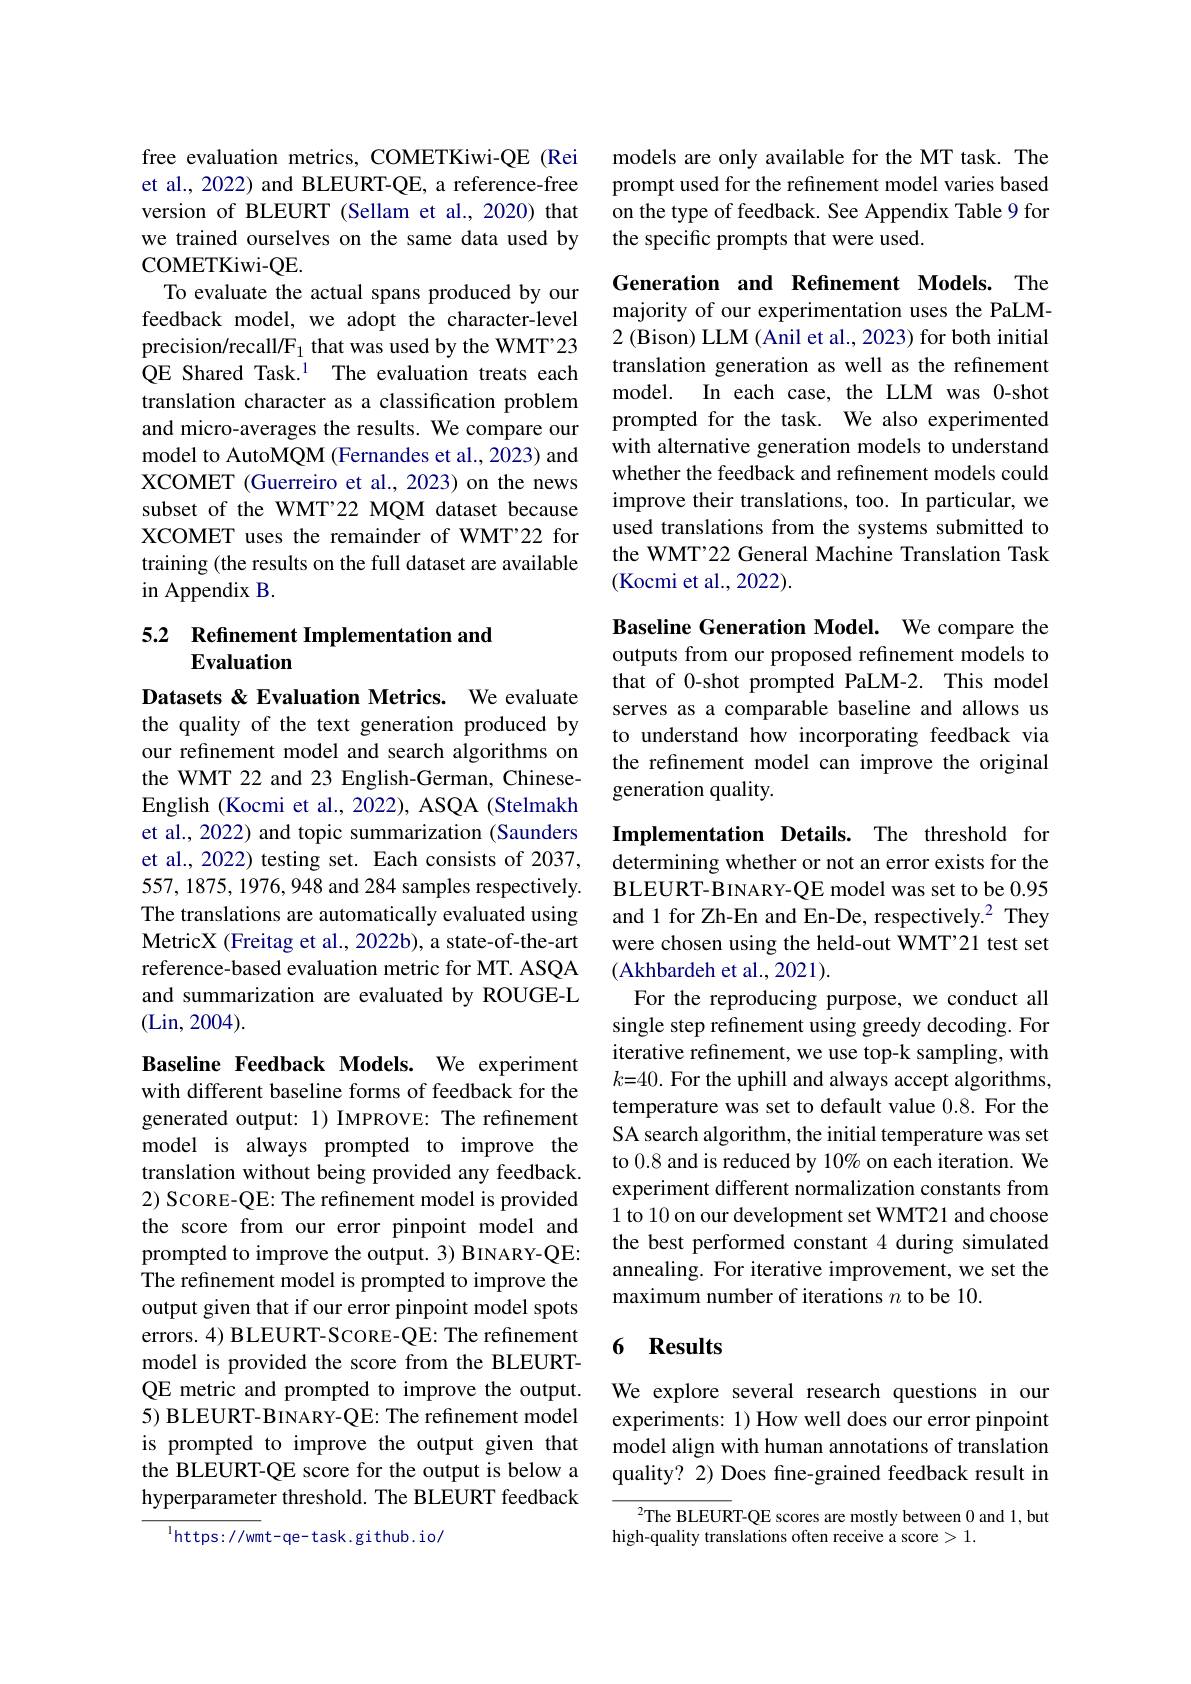
free evaluation metrics, COMETKiwi-QE (Rei et al., 2022) and BLEURT-QE, a reference-free version of BLEURT (Sellam et al., 2020) that we trained ourselves on the same data used by COMETKiwi- QE.
To evaluate the actual spans produced by our feedback model, we adopt the character-level precision/recall/F_1 that was used by the WMT'23 QE Shared Task.$^1$ The evaluation treats each translation character as a classification problem and micro-averages the results. We compare our model to AutoMQM (Fernandes et al., 2023) and XCOMET (Guerreiro et al., 2023) on the news subset of the WMT'22 MQM dataset because XCOMET uses the remainder of WMT'22 for training (the results on the full dataset are available in Appendix B.

### 5.2 Refinement Implementation and Evaluation

Datasets & Evaluation Metrics. We evaluate the quality of the text generation produced by our refinement model and search algorithms on the WMT 22 and 23 English-German, ChineseEnglish (Kocmi et al., 2022), ASQA (Stelmakh et al., 2022) and topic summarization (Saunders et al., 2022) testing set. Each consists of 2037, 557,1875,1976,948 and 284 samples respectively. The translations are automatically evaluated using MetricX (Freitag et al., 2022b), a state-of-the-art reference-based evaluation metric for MT. ASQA and summarization are evaluated by ROUGE-L (Lin, 2004).

Baseline Feedback Models. We experiment with different baseline forms of feedback for the generated output: 1) IMPROVE: The refinement model is always prompted to improve the translation without being provided any feedback. 2) SCORE-QE: The refinement model is provided the score from our error pinpoint model and prompted to improve the output. 3) BINARY-QE: The refinement model is prompted to improve the output given that if our error pinpoint model spots errors. 4) BLEURT-SCORE-QE: The refinement model is provided the score from the BLEURTQE metric and prompted to improve the output. 5) BLEURT- BINARY- QE: The refinement model is prompted to improve the output given that the BLEURT-QE score for the output is below a hyperparameter threshold. The BLEURT feedback

$^{\mathrm{l}}$https://wmt-qe-task.github.io/

models are only available for the MT task. The prompt used for the refinement model varies based on the type of feedback. See Appendix Table 9 for the specific prompts that were used.

Generation and Refinement Models. The majority of our experimentation uses the PaLM- 2 (Bison) LLM (Anil et al., 2023) for both initial translation generation as well as the refinement model. In each case, the LLM was 0-shot prompted for the task. We also experimented with alternative generation models to understand whether the feedback and refinement models could improve their translations, too. In particular, we used translations from the systems submitted to the WMT'22 General Machine Translation Task (Kocmi et al., 2022).

Baseline Generation Model. We compare the outputs from our proposed refinement models to that of 0-shot prompted PaLM-2. This model serves as a comparable baseline and allows us to understand how incorporating feedback via the refinement model can improve the original generation quality.

Implementation Details. The threshold for determining whether or not an error exists for the BLEURT-BINARY-QE model was set to be 0.95 and 1 for Zh-En and En-De, respectively.$^2$ They were chosen using the held-out WMT'21 test set (Akhbardeh et al., 2021).
For the reproducing purpose, we conduct all single step refinement using greedy decoding. For iterative refinement, we use top-k sampling, with $k{=}40.$ For the uphill and always accept algorithms, temperature was set to default value 0.8. For the SA search algorithm, the initial temperature was set to 0.8 and is reduced by 10% on each iteration. We experiment different normalization constants from 1 to 10 on our development set WMT21 and choose the best performed constant 4 during simulated annealing. For iterative improvement, we set the maximum number of iterations $n$ to be 10.

## 6 Results

We explore several research questions in our experiments: 1) How well does our error pinpoint model align with human annotations of translation quality? 2) Does fine-grained feedback result in

$^{2}$The BLEURT-QE scores are mostly between 0 and 1, but
high-quality translations often receive a score> 1.